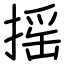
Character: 摇